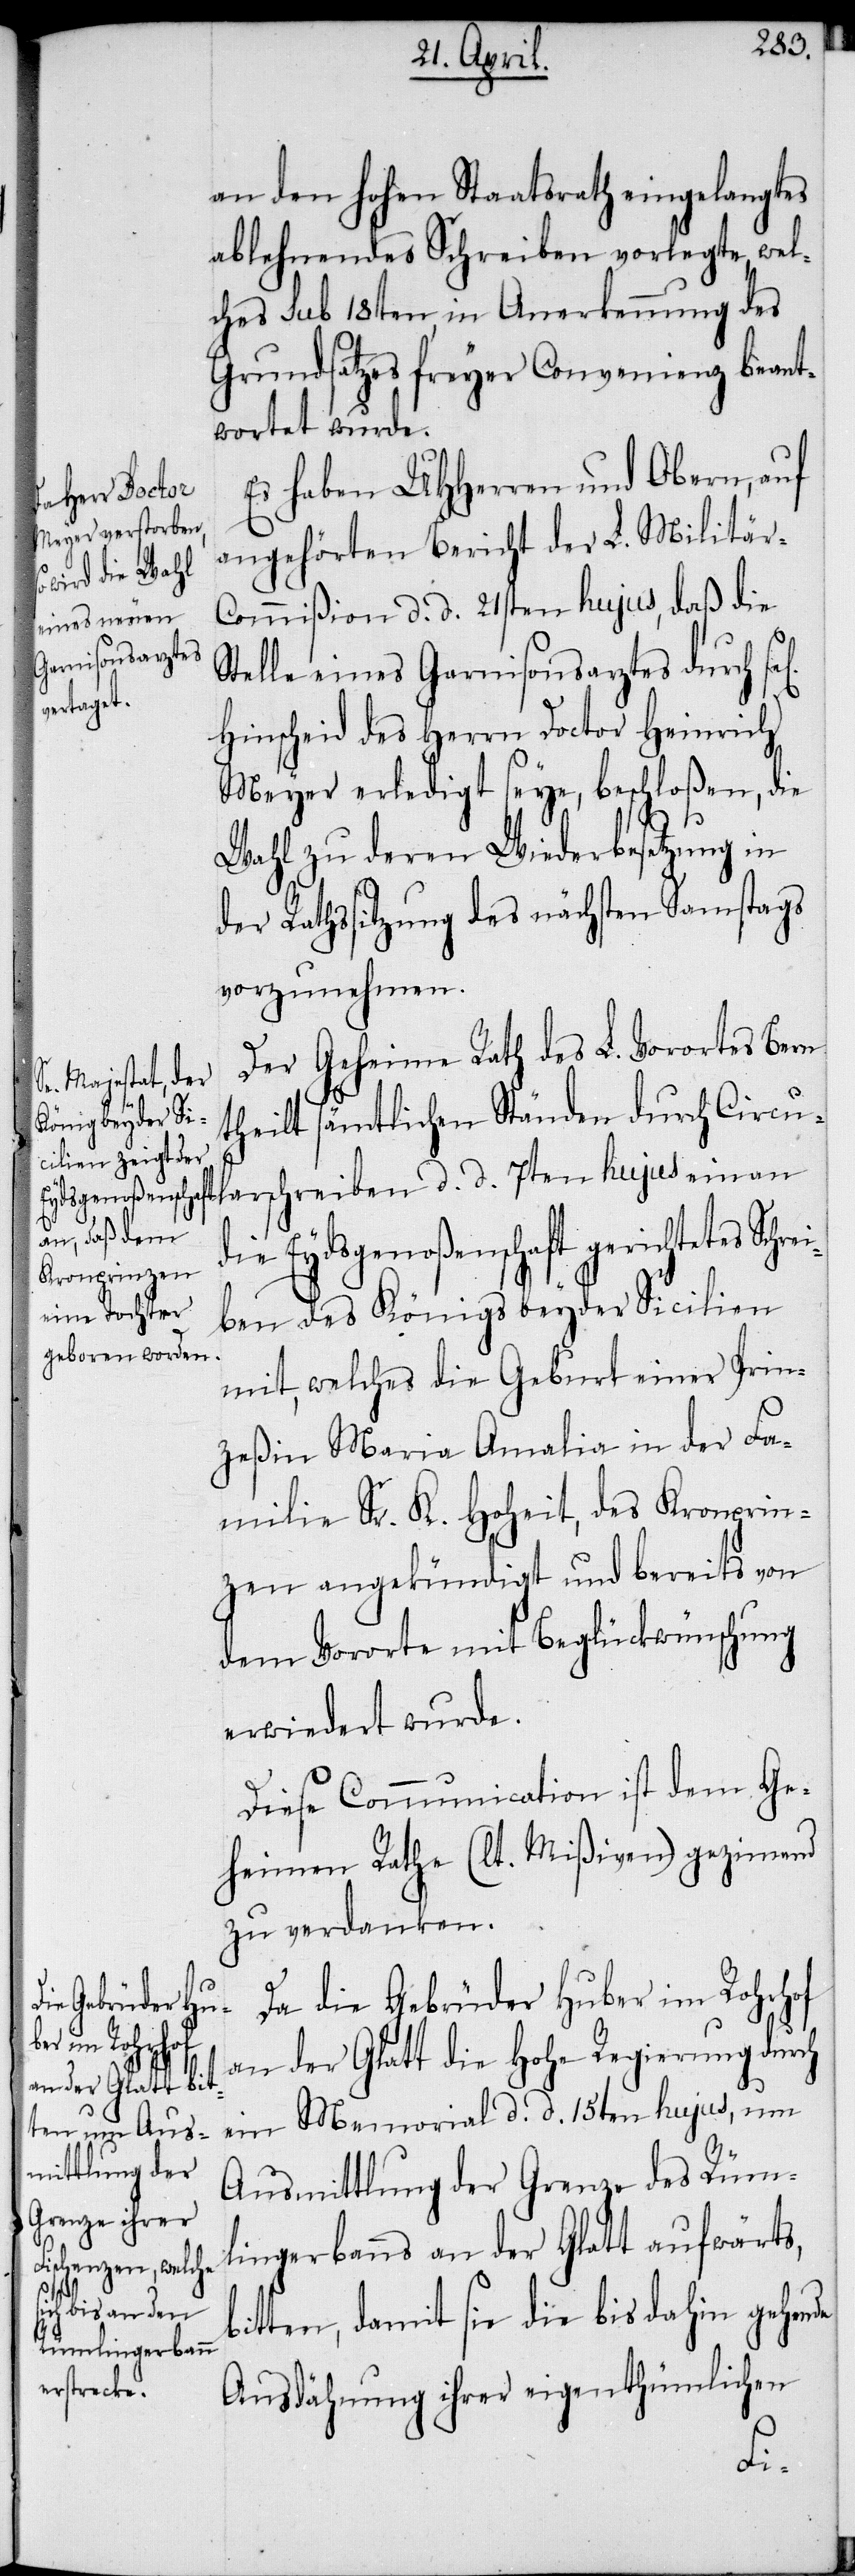
an den hohen Staatsrath eingelangtes
ablehnendes Schreiben vorlegte, wel¬
ches sub 18ten in Anerkennung des
Grundsatzes freyer Convenienz beant¬
wortet wurde.
Es haben UHHerren und Obern, auf
angehörten Bericht der L. Militär-C¬
ommißion d. d. 21sten hujus, daß die
Stelle eines Garnisonsarztes durch s¬
Hinscheid des Herrn Doctor Heinrich
Meyer erledigt seye, beschloßen, die
Wahl zu deren Wiederbesetzung in
der Rathssitzung des nächsten Samstags
vorzunehmen.
Der Geheime Rath des L. Vorortes Bern
theilt sämtlichen Ständen durch Circu¬
die Eydsgenoßenschaft gerichtetes Schre¬
ben des Königs beyder Sicilien
mit, welches die Geburt einer Prin¬
zeßin Maria Amalia in der Fa¬
milie Sr. K. Hoheit, des Kronprin¬
zen angekündigt und bereits von
dem Vororte mit Beglückwünschung
erwiedert wurde.
Diese Communication ist dem Ge¬
heimen Rathe (lt. Mißiven) gezimend
zu verdanken.
Da die Gebrüder Huber im Rohrhof
ein an
an der Glatt die Hohe Regierung durch
ein Memorial d. d. 15ten hujus, um
Ausmittlung der Grenze des Rüm¬
lingerbanns an der Glatt aufwärts,
de
tten, damit sie die bis dahin gehen¬
Ausdähnung ihrer eigenthümlichen
bi¬